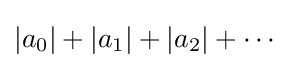
|a_{0}|+|a_{1}|+|a_{2}|+\cdots